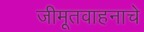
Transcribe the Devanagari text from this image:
जीमूतवाहनाचे